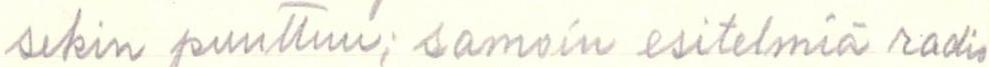
sekin puuttuu; samoin esitelmiä radio